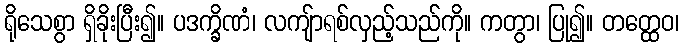
ရိုသေစွာ ရှိခိုးပြီး၍။ ပဒက္ခိဏံ၊ လကျ်ာရစ်လှည့်သည်ကို။ ကတွာ၊ ပြု၍။ တတ္ထေဝ၊